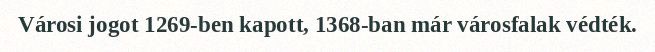
Városi jogot 1269-ben kapott, 1368-ban már városfalak védték.